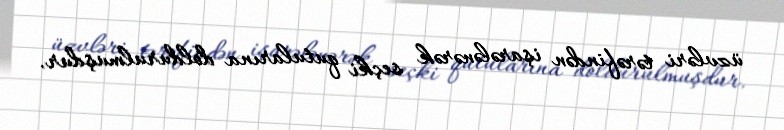
üzvləri tərəfindən işarələnərək seçki qutularına doldurulmuşdur.